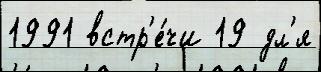
1991 встр'е́чи 19 дл'я